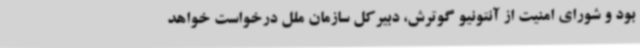
بود و شورای امنیت از آنتونیو گوترش، دبیرکل سازمان ملل درخواست خواهد